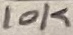
Text: 10K